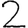
Digit: 2